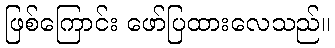
ဖြစ်ကြောင်း ဖော်ပြထားလေသည်။